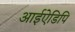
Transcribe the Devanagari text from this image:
आईऐडिपि